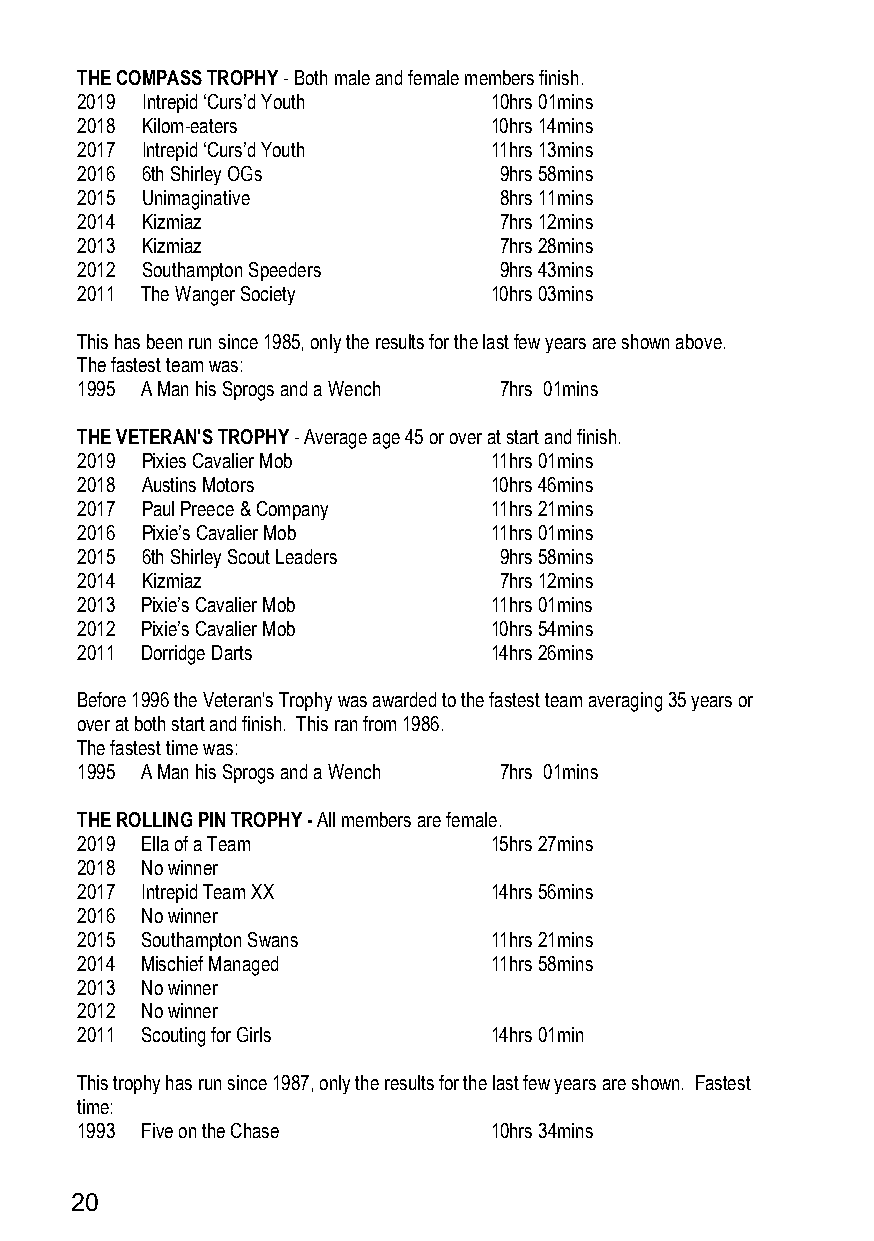
THE COMPASS TROPHY - Both male and female members finish.
 2019 Intrepid ‘Curs’d Youth 10hrs 01mins
 2018 Kilom-eaters           10hrs 14mins
 2017 Intrepid ‘Curs’d Youth 11hrs 13mins
 2016 6th Shirley OGs        9hrs 58mins
 2015 Unimaginative          8hrs 11mins
 2014 Kizmiaz                7hrs 12mins
 2013 Kizmiaz                7hrs 28mins
 2012 Southampton Speeders   9hrs 43mins
 2011 The Wanger Society     10hrs 03mins
 This has been run since 1985, only the results for the last few years are shown above.
 The fastest team was:
 1995 A Man his Sprogs and a Wench 7hrs 01mins
 THE VETERAN'S TROPHY - Average age 45 or over at start and finish.
 2019 Pixies Cavalier Mob    11hrs 01mins
 2018 Austins Motors         10hrs 46mins
 2017 Paul Preece & Company  11hrs 21mins
 2016 Pixie’s Cavalier Mob   11hrs 01mins
 2015 6th Shirley Scout Leaders 9hrs 58mins
 2014 Kizmiaz                7hrs 12mins
 2013 Pixie’s Cavalier Mob   11hrs 01mins
 2012 Pixie’s Cavalier Mob   10hrs 54mins
 2011 Dorridge Darts         14hrs 26mins
 Before 1996 the Veteran's Trophy was awarded to the fastest team averaging 35 years or
 over at both start and finish. This ran from 1986.
 The fastest time was:
 1995 A Man his Sprogs and a Wench 7hrs 01mins
 THE ROLLING PIN TROPHY - All members are female.
 2019 Ella of a Team         15hrs 27mins
 2018 No winner
 2017 Intrepid Team XX       14hrs 56mins
 2016 No winner
 2015 Southampton Swans      11hrs 21mins
 2014 Mischief Managed       11hrs 58mins
 2013 No winner
 2012 No winner
 2011 Scouting for Girls     14hrs 01min
 This trophy has run since 1987, only the results for the last few years are shown. Fastest
 time:
 1993 Five on the Chase      10hrs 34mins
 20